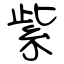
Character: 紫